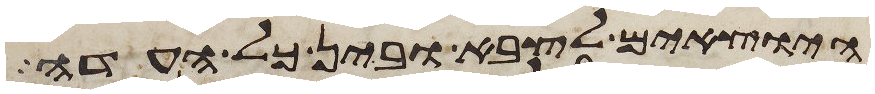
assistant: היוצאים לצבא ובין כל העדה